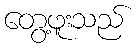
တွေ့ဖူးသည်